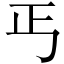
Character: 丐